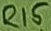
Text: R15